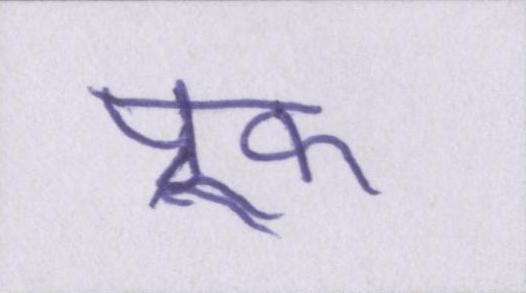
प्रूफ